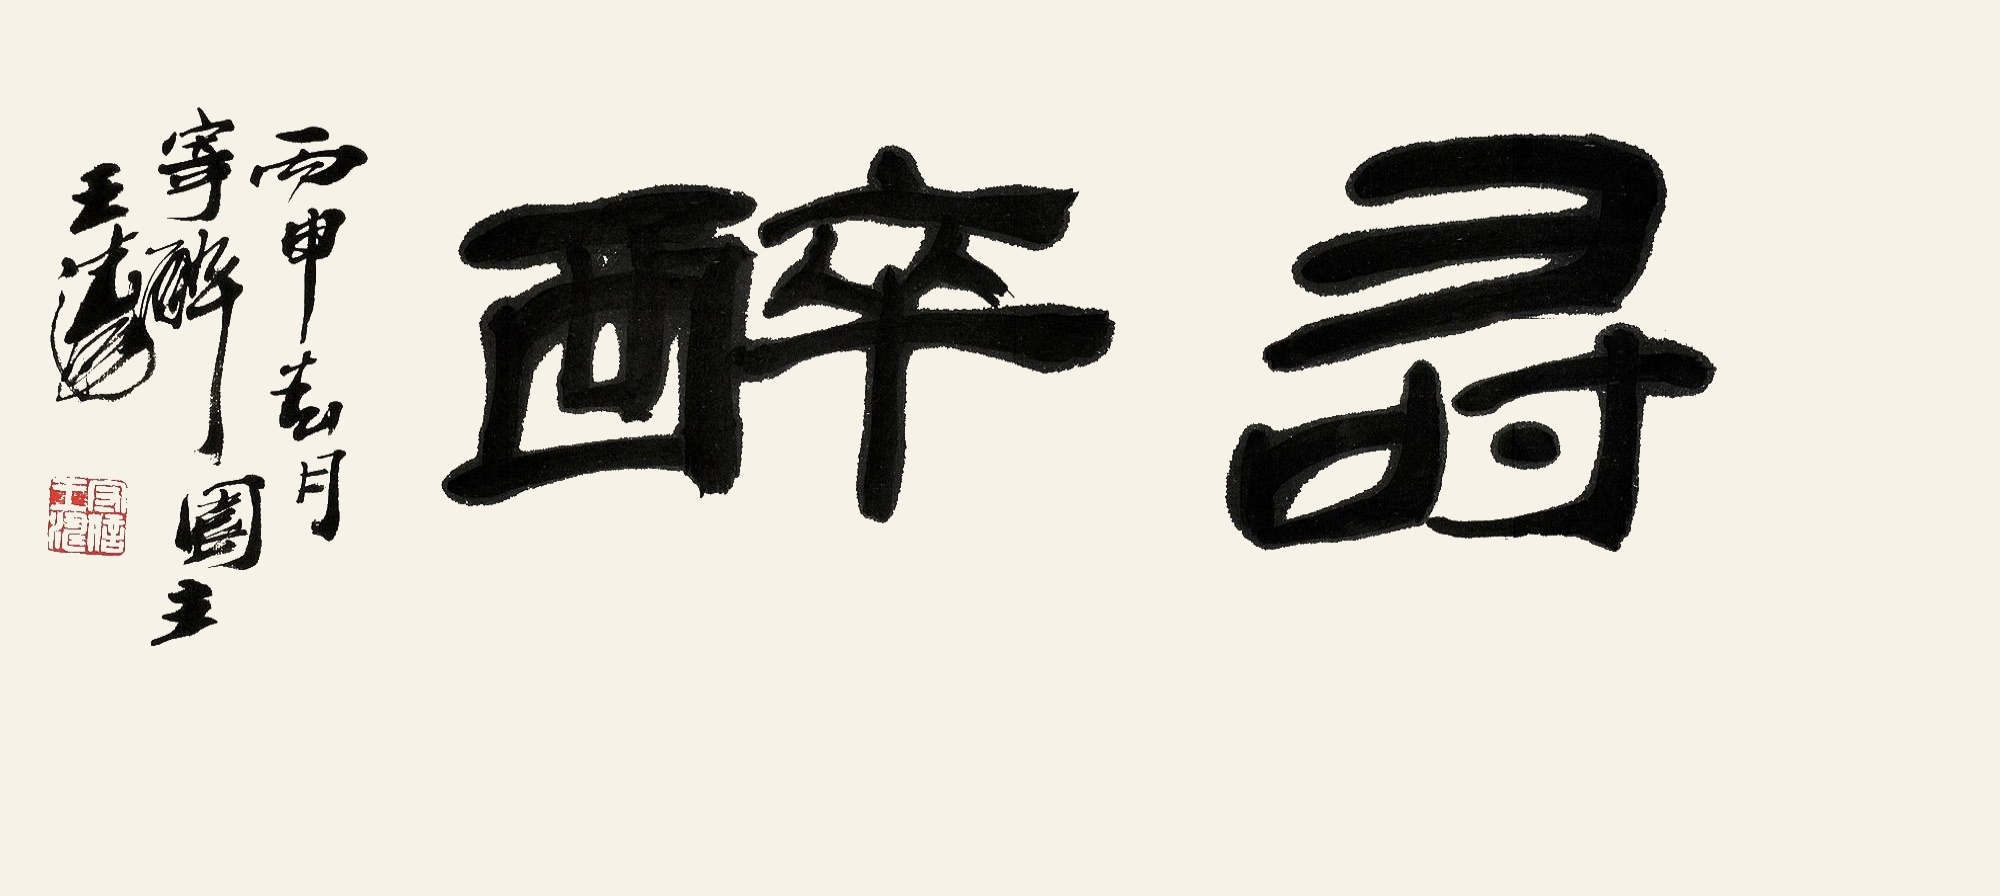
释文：寻醉。丙申春月，寄醉园主王涛。